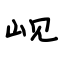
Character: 岘